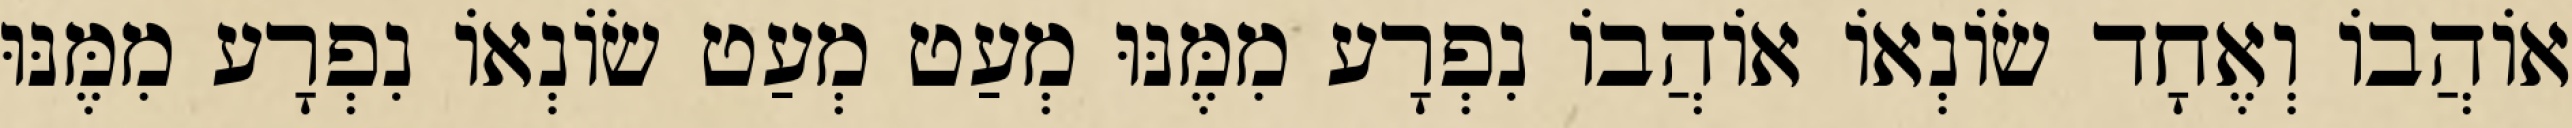
אוֹהֲבוֹ וְאֶחָד שׂוֹנְאוֹ אוֹהֲבוֹ נִפְרָע מִמֶּנּוּ מְעַט מְעַט שׂוֹנְאוֹ נִפְרָע מִמֶּנּוּ